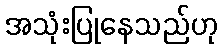
အသုံးပြုနေသည်ဟု